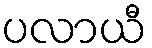
ပလာယီ